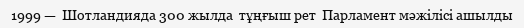
1999 —  Шотландияда 300 жылда  тұңғыш рет  Парламент мәжiлiсi ашылды